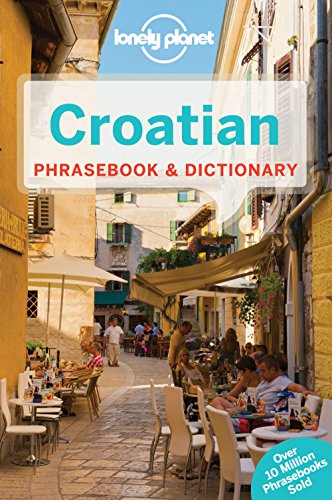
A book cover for Lonely Planet Croatian Phrasebook & Dictionary (Lonely Planet Phrasebook and Dictionary); Lonely Planet; Travel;